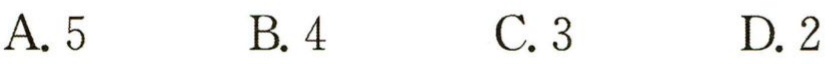
A. 5  B. 4  C. 3  D. 2